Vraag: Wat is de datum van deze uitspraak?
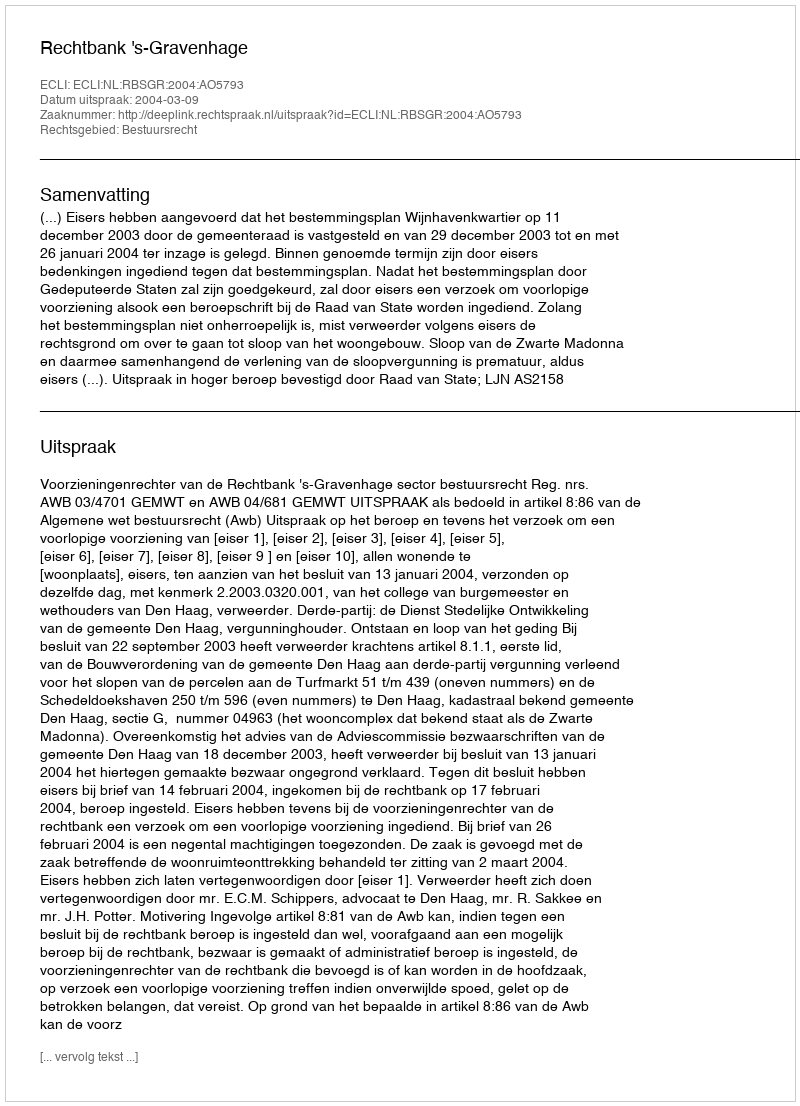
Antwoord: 2004-03-09